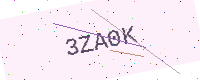
Text: 3ZA0K